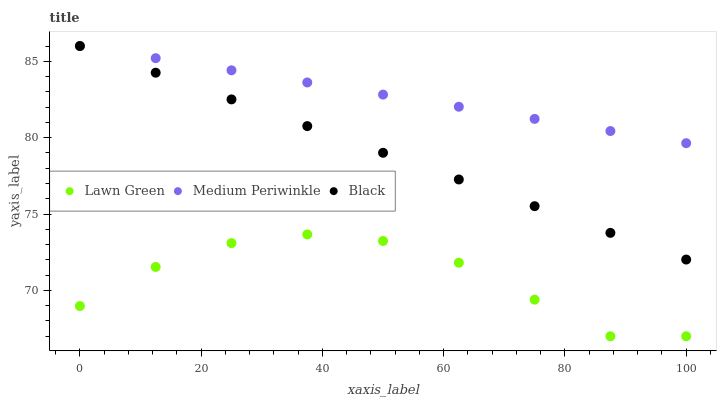
| xaxis_label | Lawn Green | Medium Periwinkle | Black |
 | --- | --- | --- | --- |
 | 0 | 69 | 86 | 86 |
 | 12.5 | 71.5 | 85.2 | 84.3 |
 | 25 | 73.1 | 84.4 | 82.5 |
 | 37.5 | 73.7 | 83.6 | 80.8 |
 | 50 | 73.2 | 82.8 | 79 |
 | 62.5 | 71.8 | 82 | 77.3 |
 | 75 | 69.4 | 81.2 | 75.5 |
 | 87.5 | 67 | 80.4 | 73.8 |
 | 100 | 67 | 79.6 | 72 |